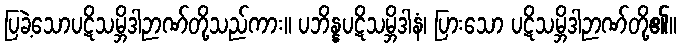
ပြခဲ့သောပဋိသမ္ဘိဒါဉာဏ်တို့သည်ကား။ ပဘိန္နပဋိသမ္ဘိဒါနံ၊ ပြားသော ပဋိသမ္ဘိဒါဉာဏ်တို့၏။